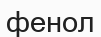
фенол